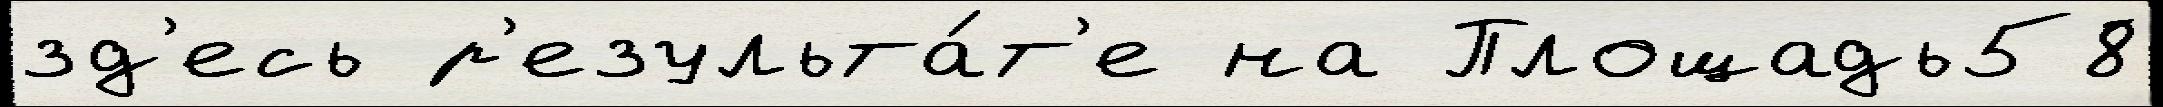
зд'есь р'езульта́т'е на Площадь58